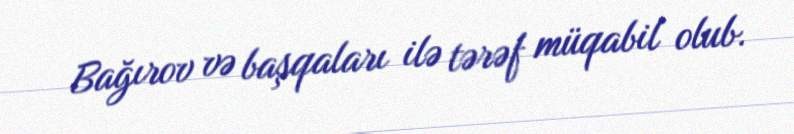
Bağırov və başqaları ilə tərəf müqabil olub.